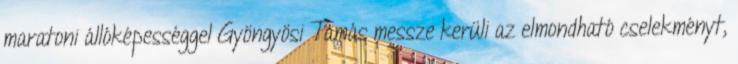
maratoni állóképességgel Gyöngyösi Tamás messze kerüli az elmondható cselekményt,